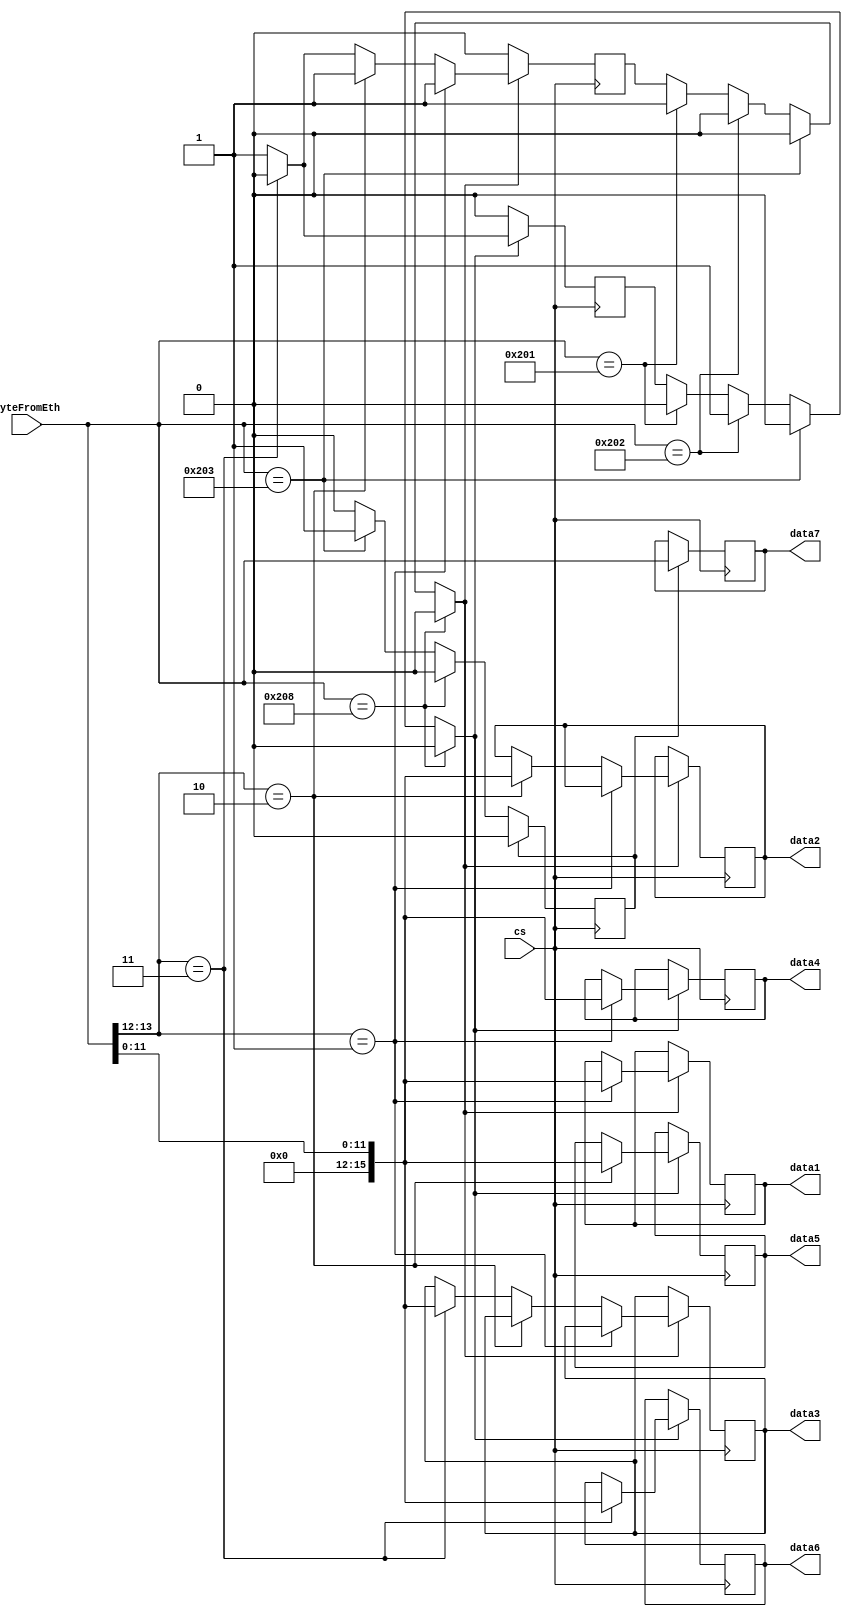
module detect_CAN_v1 (cs, byteFromEth, data1, data2, data3, data4, data5, data6, data7);

input 				cs;
input [15:0] 		byteFromEth;

output reg [15:0] data1 = 0, data2 = 0, data3 = 100, data4 = 0, data5 = 0, data6 = 0, data7 = 175;

reg [0:0] 	flag1 = 0, flag2 = 0, flag3 = 0, flag4 = 0;
reg [3:0]	cnt;

parameter reg [15:0] id1 = 513;
parameter reg [15:0] id2 = 514;
parameter reg [15:0] id3 = 515;
parameter reg [15:0] id4 = 520;

always @ (posedge cs) 
begin
	if (byteFromEth == /*id1*/513)
		begin
			flag1 = 1; flag2 = 0; flag3 <= 0; flag4 = 0;
			//cnt <= 0;
		end
		
	if (byteFromEth == /*id2*/514)
		begin
			flag1 = 0; flag2 = 1; flag3 <= 0; flag4 = 0;
			//cnt <= 0;
		end	
		
		
	if (byteFromEth == /*id3*/515)
		begin
			flag1 = 0; flag2 = 0; flag3 <= 1; flag4 = 0;
			//cnt <= 0;
		end		
	if (byteFromEth == id4)
		begin
			flag1 = 0; flag2 = 0; flag3 <= 0; flag4 = 1;
			//cnt <= 0;
		end		
		
		
		
	if (flag1==1) 
		begin
			if (byteFromEth[13:12] == 1)
				begin
					data1 <= byteFromEth[11:0];
					//cnt <= cnt + 1;
					//flag1 = 0;
				end
				else 
					begin
						if (byteFromEth[13:12] == 2)
							begin
								data2 <= byteFromEth[11:0];
								//cnt <= cnt + 1;
							end
							else if (byteFromEth[13:12] == 3)
								begin
									data3 <= byteFromEth[11:0];
									//cnt <= cnt + 1;
									flag1 = 0;
								end
					end
		end
/*		cnt <= cnt + 1;
		if (cnt >= 3)
			flag1 = 0;*/



if (flag2==1) 
		begin
			if (byteFromEth[13:12] == 1)
			begin
				data4 <= byteFromEth[11:0]; 
			end
			if (byteFromEth[13:12] == 2)
			begin
				data5 <= byteFromEth[11:0]; 
			end
			if (byteFromEth[13:12] == 3)
			begin
				data6 <= byteFromEth[11:0]; flag2 = 0;
			end
end


if (flag3==1) 
		begin
		/*	if (byteFromEth[13:12] == 1)
			begin*/
				data7 <= byteFromEth[15:0]; flag3 <= 0;
			/*end
			/*if (byteFromEth[13:12] == 2)
			begin
				data7 = byteFromEth[11:0]; flag3 = 0;
			end
			if (byteFromEth[13:12] == 3)
			begin
				data7 = byteFromEth[11:0]; flag3 = 0;
			end*/
			
		end
/*
if (flag4==1) 
		begin
			if (byteFromEth[13:12] == 1)
			begin
				data4 = byteFromEth[11:0]; flag4 = 0;
			end
		end
*/			
end
endmodule